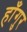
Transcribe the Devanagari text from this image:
हाँगुर